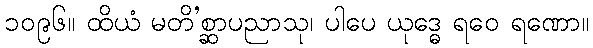
၁၀၉၆။ ထိယံ မတိ’စ္ဆာပညာသု၊ ပါပေ ယုဒ္ဓေ ရဝေ ရဏော။